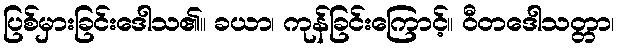
ပြစ်မှားခြင်းဒေါသ၏။ ခယာ၊ ကုန်ခြင်းကြောင့်။ ဝီတဒေါသတ္တာ၊